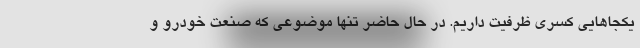
یکجاهایی کسری ظرفیت داریم. در حال حاضر تنها موضوعی که صنعت خودرو و